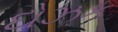
દોઝક